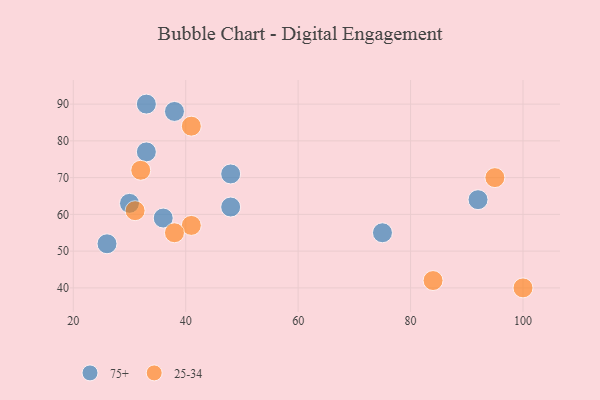
{"axis": {"x": "GDP", "y": "Life Expectancy"}, "legend": ["25-34", "75+"], "data": [{"x": "33", "y": 77, "type": "75+"}, {"x": "48", "y": 62, "type": "75+"}, {"x": "26", "y": 52, "type": "75+"}, {"x": "36", "y": 59, "type": "75+"}, {"x": "75", "y": 55, "type": "75+"}, {"x": "92", "y": 64, "type": "75+"}, {"x": "30", "y": 63, "type": "75+"}, {"x": "38", "y": 88, "type": "75+"}, {"x": "33", "y": 90, "type": "75+"}, {"x": "48", "y": 71, "type": "75+"}, {"x": "32", "y": 72, "type": "25-34"}, {"x": "95", "y": 70, "type": "25-34"}, {"x": "41", "y": 57, "type": "25-34"}, {"x": "31", "y": 61, "type": "25-34"}, {"x": "100", "y": 40, "type": "25-34"}, {"x": "84", "y": 42, "type": "25-34"}, {"x": "41", "y": 84, "type": "25-34"}, {"x": "38", "y": 55, "type": "25-34"}]}